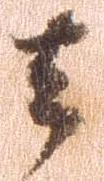
去